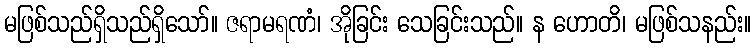
မဖြစ်သည်ရှိသည်ရှိသော်။ ဇရာမရဏံ၊ အိုခြင်း သေခြင်းသည်။ န ဟောတိ၊ မဖြစ်သနည်း။